Voru_kinnistusamet, lk 20
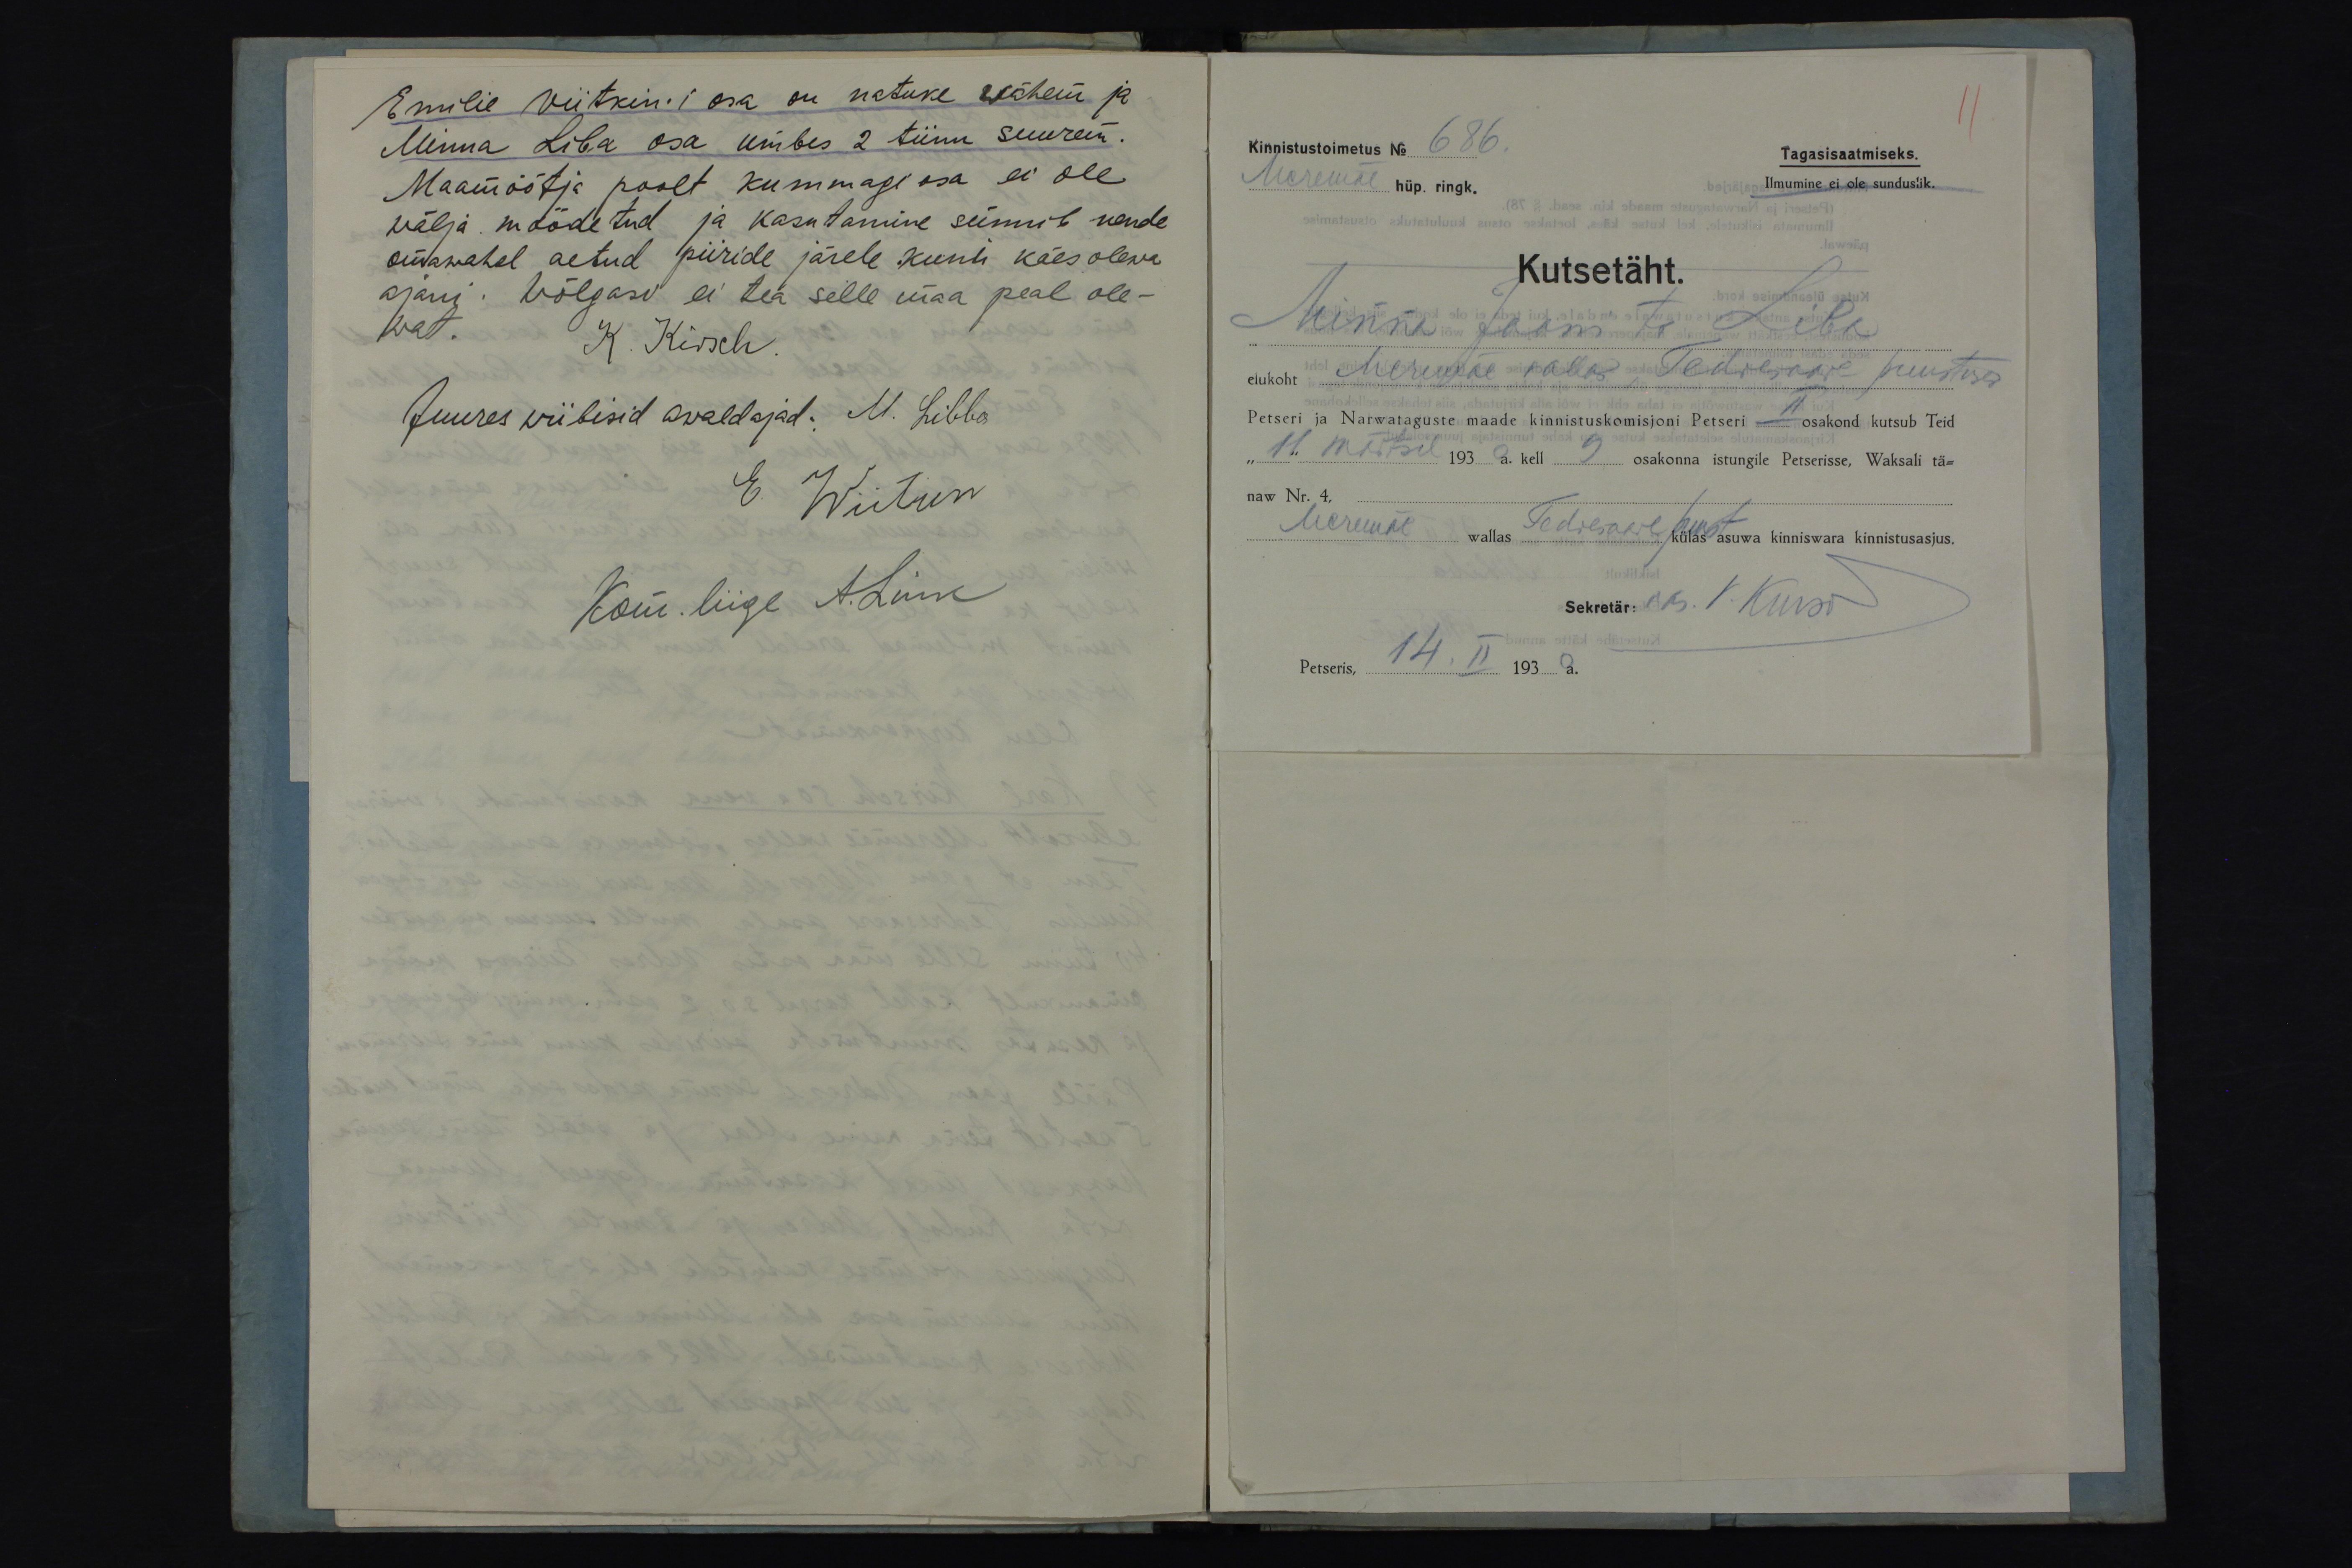
Emilie Viitkin´i osa on natuke wähem ja
Minna Liba osa umbes 2 tiinu suurem.
Maamõõtja poolt kummagi osa ei ole
wälja mõõdetud ja kasutamine sünnib nende
omawahel aetud piiride järele kuni käesolewa
ajani. Wõlgasi ei tea selle maa peal ole-
wat.
K. Kirsch.
Juures wiibisid awaldajad. M. Libba
E. Wiitkin
Kom. liige A. Link

Kinnistustoimetus No 686.
Tagasisaatmiseks.
Meremäe hüp. ringk.
Ilmumine ei ole sunduslik.
Kutsetäht.
Minna Jaani tr Liba
elukoht Meremäe vallas, Tedresaare puustuses
Petseri ja Narwataguste maade kinnistuskomisjoni Petseri II osakond kutsub Teid
"11" märtsil 1930 a. kell 9 osakonna istungile Petserisse, Waksali tä-
naw Nr. 4,
puust
Meremäe wallas Tedresaare Riias külas asuwa kinniswara kinnistusasjus.
Sekretär:
Petseris, 14. II 1930 a.